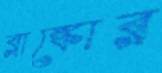
ব্লাঙ্কোর